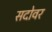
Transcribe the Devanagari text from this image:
सदोवर